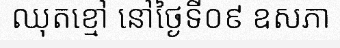
ឈុតខ្មៅ នៅថ្ងៃទី០៩ ឧសភា